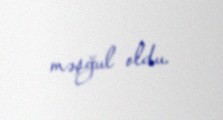
məşğul oldu.